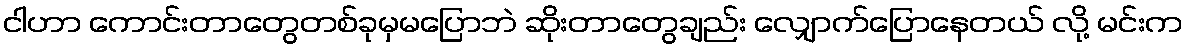
ငါဟာ ကောင်းတာတွေတစ်ခုမှမပြောဘဲ ဆိုးတာတွေချည်း လျှောက်ပြောနေတယ် လို့ မင်းက